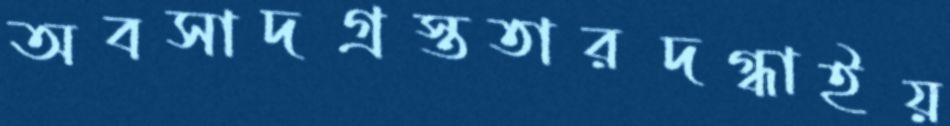
অবসাদগ্রস্ততারদগ্ধাইয়